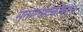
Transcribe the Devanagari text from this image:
सतारवादकाकडून